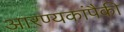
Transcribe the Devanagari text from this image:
आरण्यकांपैकी